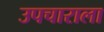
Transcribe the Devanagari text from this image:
उपचाराला